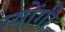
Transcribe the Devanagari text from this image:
ग्योंगी